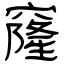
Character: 窿